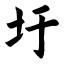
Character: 圩